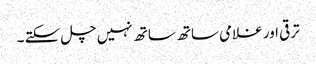
ترقی اور غلامی ساتھ ساتھ نہیں چل سکتے ۔